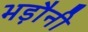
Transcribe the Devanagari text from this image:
भड़ौनी